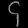
Digit: ၄